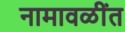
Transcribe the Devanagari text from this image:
नामावळींत